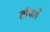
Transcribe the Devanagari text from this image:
तोपरी